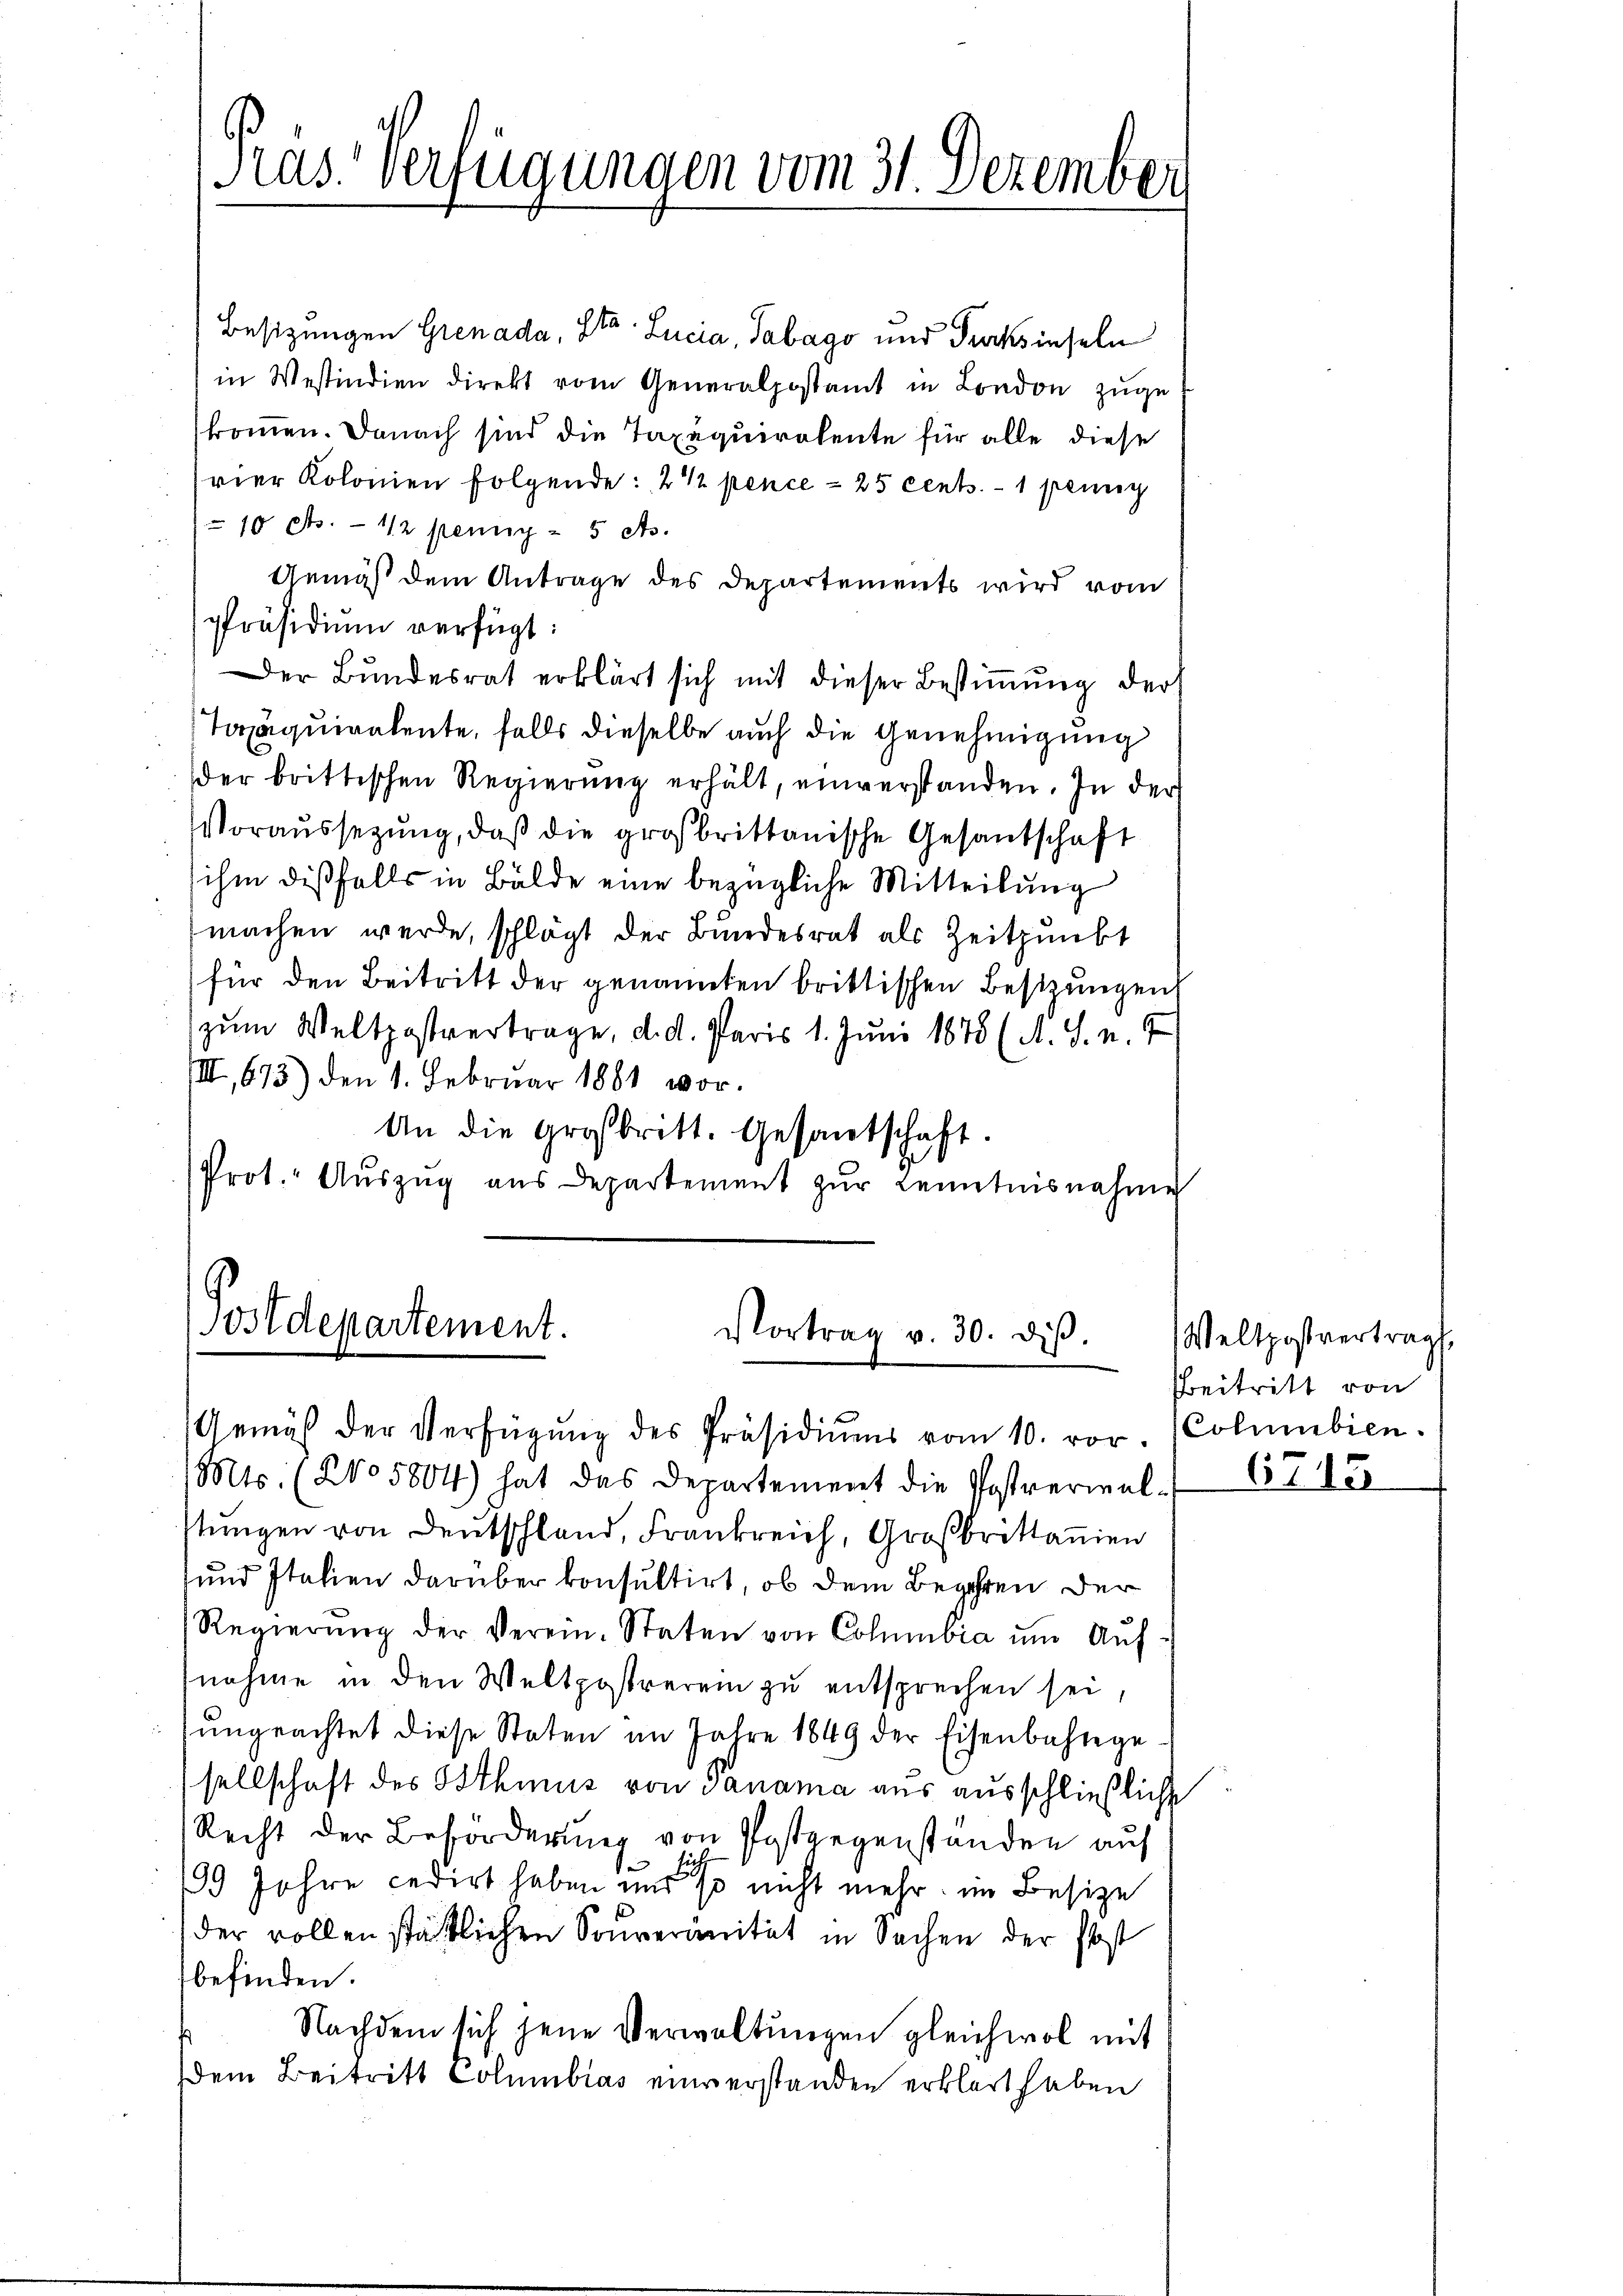
Präs. Verfügungen vom 31. Dezember

Postdepartement.
Vortrag v. 30. diβ.

Besizungen Grenada, St. Lucia, Tabago und Traksinseln
in Westindien direkt vom Generalpostamt in London zŭge
kommen. Danach sind die Taxaquiratente für alle diese
vier Kolonien folgende: 2 ½ pence = 25 cents. — 1 peinig
 cts. — 12 fennig - 5 As.
Gemäß dem Antrage des Departements wird vom
Präsidium verfügt:
Der Bundesrat erklärt sich mit dieser Bestiṁŭng der
Taxäquiralente, falls dieselbe auch die Genehmigung
der brittischen Regierung erhält, einverstanden. In der
Voraussetzŭng, daβ die großbrittanische Gesandschaft
ihm dißfalls in Bälde eine bezügliche Mitteilung
machen werde, schlägt der Bundesrat als Zeitpunkt
für den Beitritt der genannten brittischen Besizungen
zum Weltpostvertrage, d. d. Paris 1. Juni 1875 (A. S. n.
III, 673.) den 1. Februar 1881 vor¬
An die Großbritt. Gesantschaft.
Prot. Aŭszŭg aŭs Departement zŭr Kenntnisnahme

Gemäß der Verfügŭng des Präsidiŭms vom 10. vor. (Columbien.

eltpostvertrags
Beitritt von

Mts. (No 5804) hat das Departement die Postverwal-
tungen von Deutschland, Frankreich, Großbrittanien
und Italien darüber konsultirt, ob dem Begehren der
Regierŭng der Verein-Staten von Columbia ŭm Aŭf
nahme in den Weltpostrerein zu entsprechen sei,
sŭngeachtet diese Staten im Jahre 1849 der Eisenbahnge
sellschaft des Athmus von Panama aus ausschließliche
Recht der Beforderung von Postgegenstanden auf
39 Jahre cedirt haben und so nicht mehr im Besize
der vollen stättlichen Souveränität in Sachen der Post
befinden.
Nachdem sich jene Verwaltungen gleichwol mit
em Beitritt Columbias einverstanden erklärt haben

C

15.